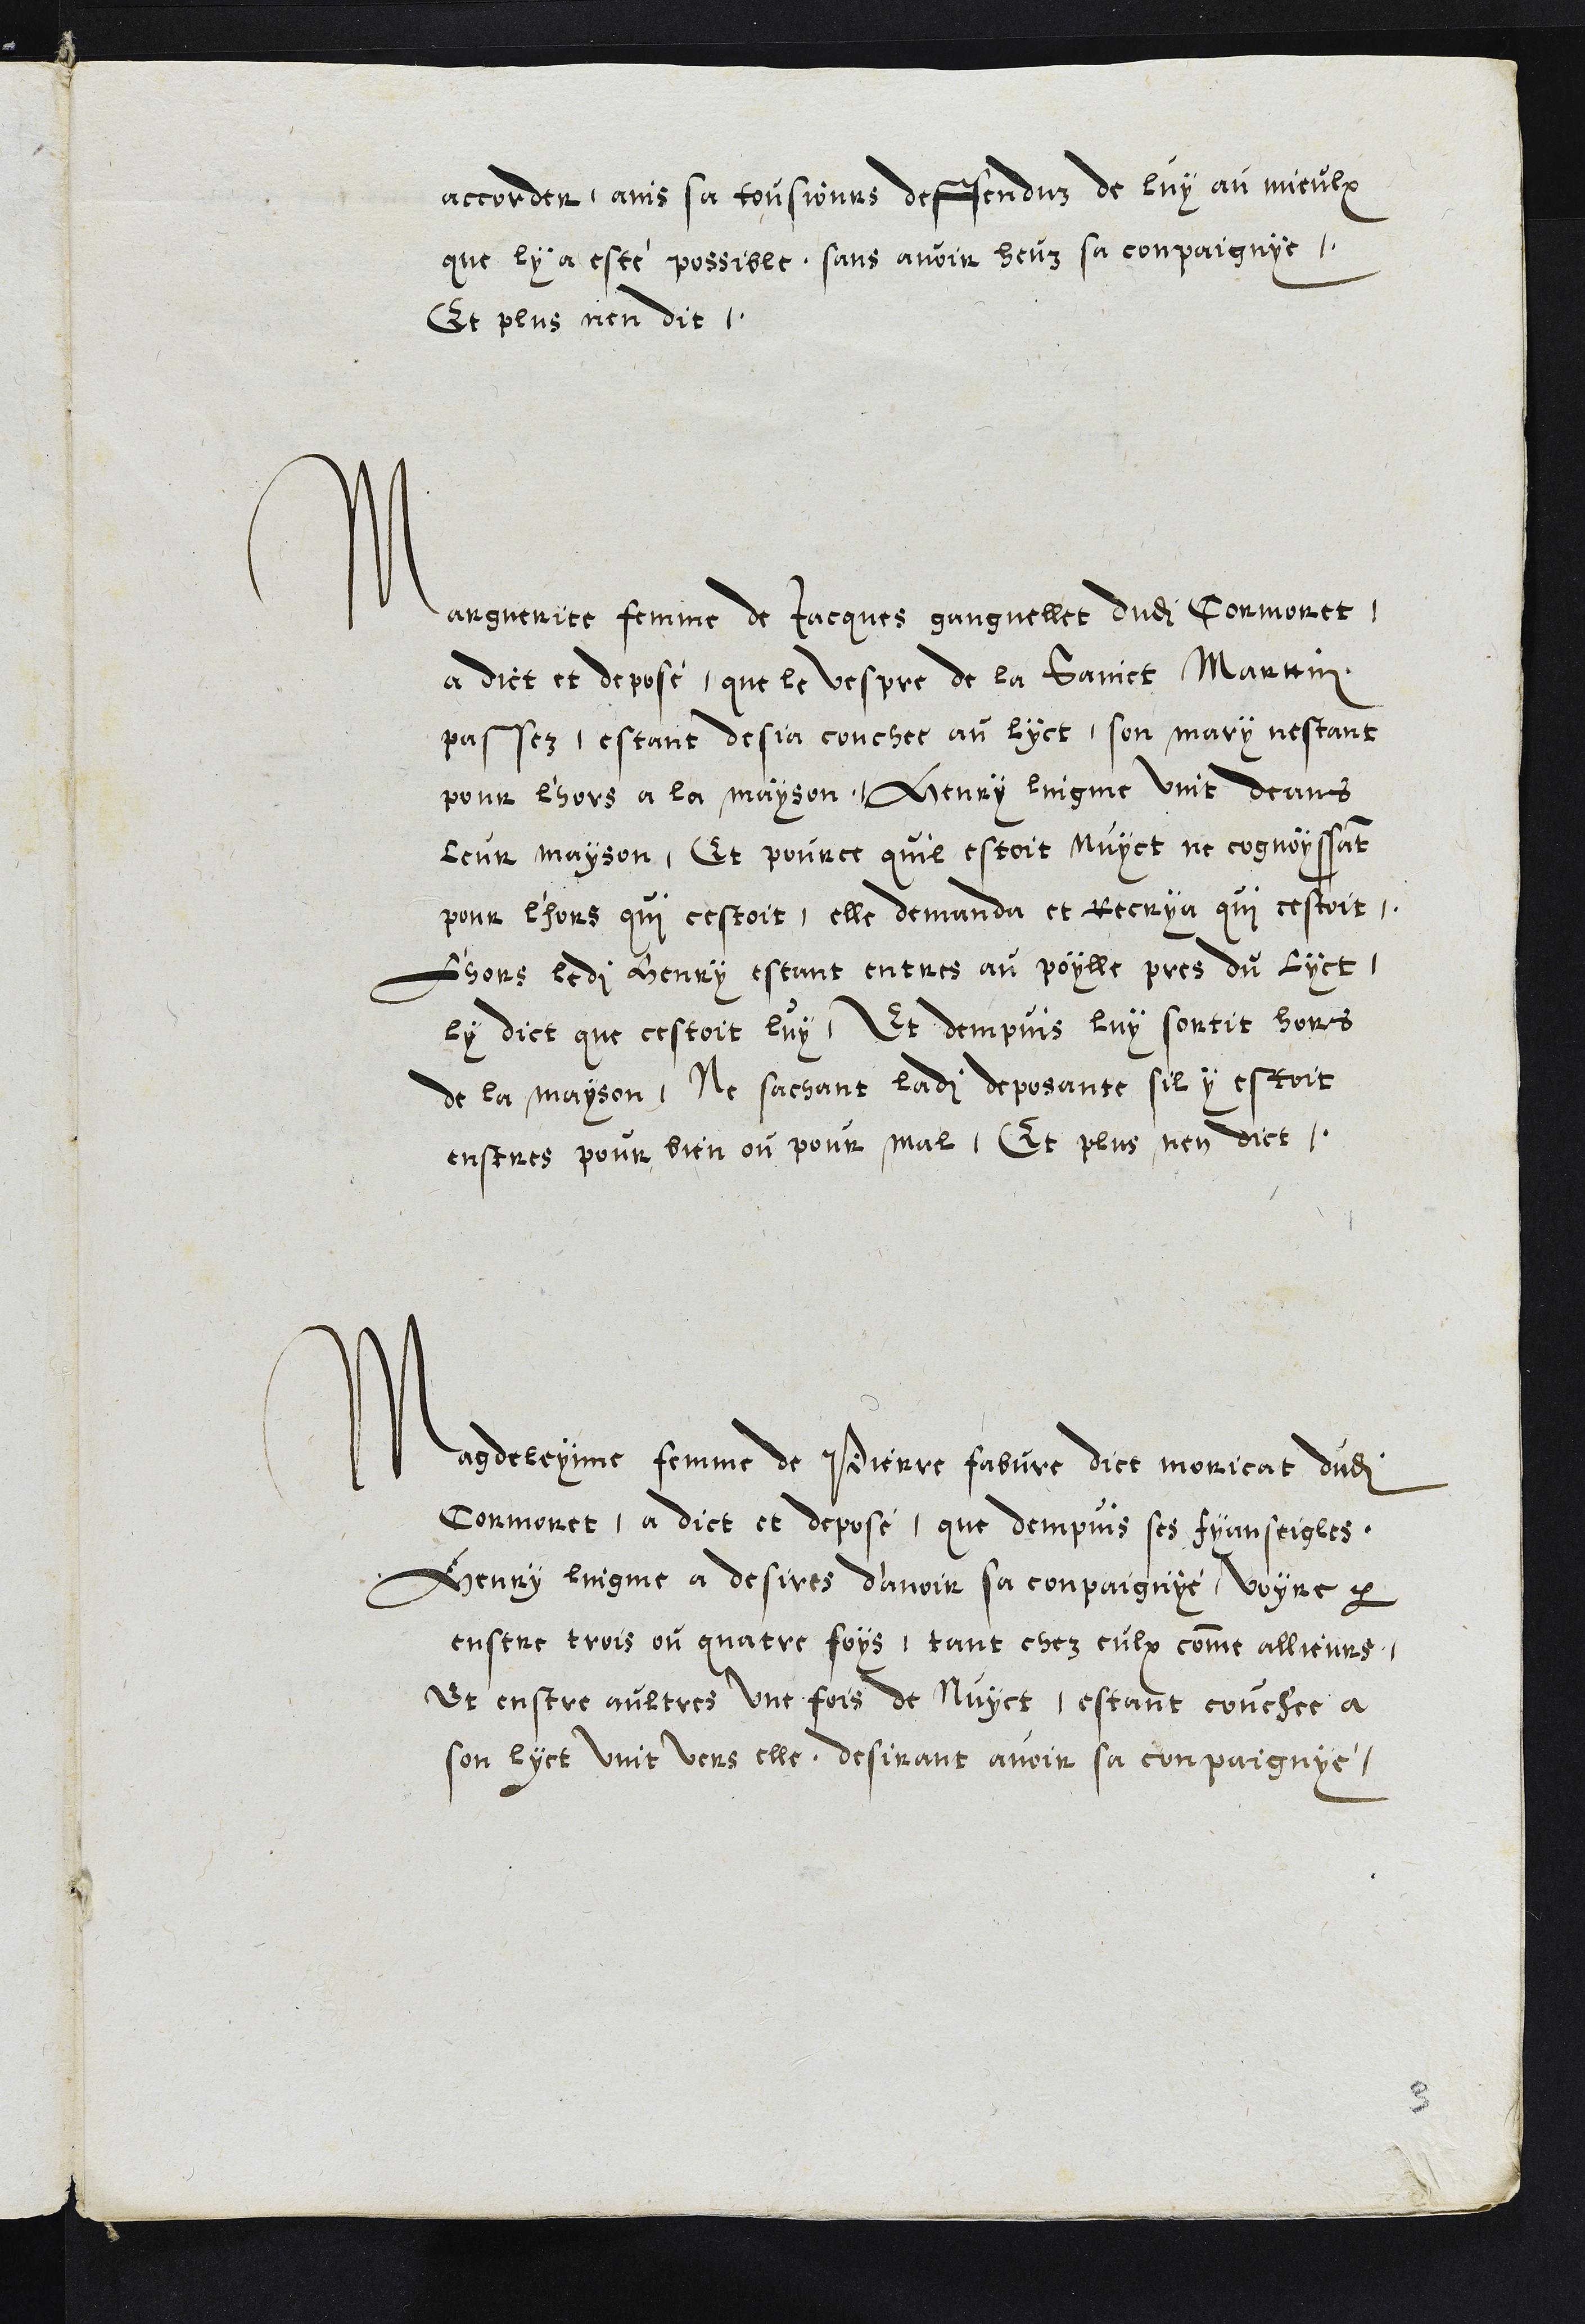
accorder, ains sa tousjours deffenduz de luy au mieulx
que ly a estée possible, sans avoir heuz sa compaignye,
Et plus nen dit.
Marguerite femme de Jacques ganguellet dudit Cormoret
a dict et deposé, que le vespre de la Sainct Marttin
passez, estant desja couchee au lyct, son mary nestant
pour l'hors a la mayson, Henry lingme vint deans
leur mayson, Et pource quil estoit Nuyct ne cognoissant
pour l'hors qui cestoit, elle demanda et Recrya qui cestoit.
L'hors ledit Henry estant entres au poylle pres du lyct,
ly dict que cestoit luy. Et dempuis luy sortit hors
de la mayson, Ne sachant ladite deposante sil y estoit
enstres pour bien ou pour mal, Et plus nen dict.
Madeleyne femme de Pierre fabvre dict moricat dudit
Cormoret, a dict et deposé que dempuis ses fyanseigles
Henry lingne a desires d'avoir sa compaignye, voyre par
enstre trois ou quatre foys tant chez eulx comme allieurs.
Et entre aultres une fois de Nuyct, estant couchee a
son lyct vint vers elle desirant avoir sa conpaignye,
3